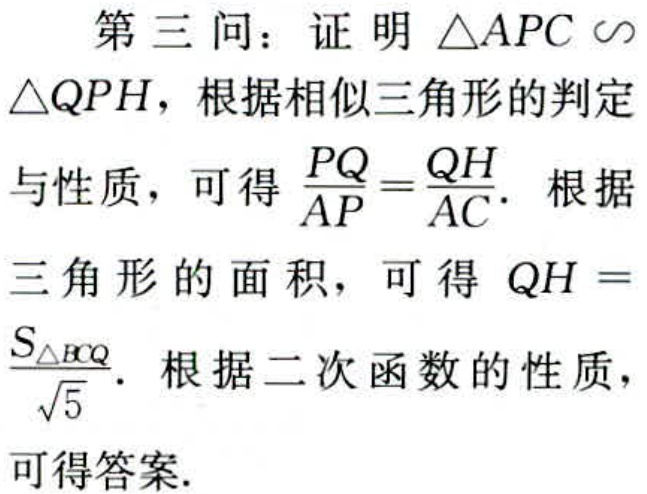
第三问：证明\(\triangle APC \sim \triangle QPH\)，根据相似三角形的判定与性质，可得\(\frac{PQ}{AP}=\frac{QH}{AC}\)。根据三角形的面积，可得\(QH = \frac{S_{\triangle BCQ}}{\sqrt{5}}\)。根据二次函数的性质，可得答案.